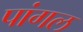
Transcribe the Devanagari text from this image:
पांगल